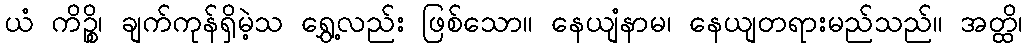
ယံ ကိဉ္စိ၊ ချက်ကုန်ရှိမဲ့သ ရွှေ့လည်း ဖြစ်သော။ နေယျံနာမ၊ နေယျတရားမည်သည်။ အတ္ထိ၊